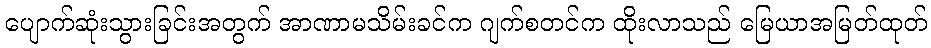
ပျောက်ဆုံးသွားခြင်းအတွက် အာဏာမသိမ်းခင်က ဂျက်စတင်က ထိုးလာသည် မြေယာအမြတ်ထုတ်